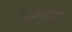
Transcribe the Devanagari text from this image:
स्थावरक